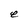
Character: e